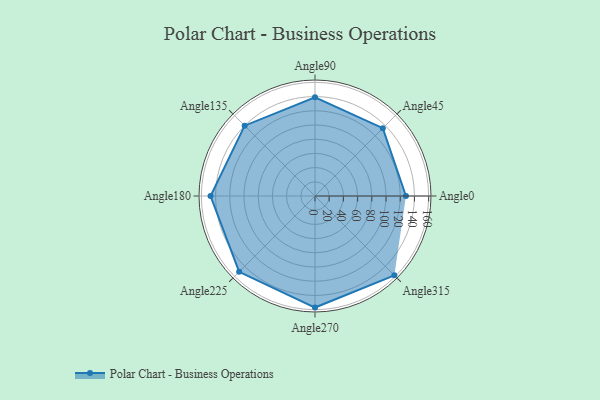
{"axis": {"x": "Angle", "y": "Radius"}, "legend": [""], "data": [{"x": "Angle0", "y": 128.0, "type": ""}, {"x": "Angle45", "y": 135.0, "type": ""}, {"x": "Angle90", "y": 139.0, "type": ""}, {"x": "Angle135", "y": 140.0, "type": ""}, {"x": "Angle180", "y": 147.0, "type": ""}, {"x": "Angle225", "y": 151.0, "type": ""}, {"x": "Angle270", "y": 157.0, "type": ""}, {"x": "Angle315", "y": 158.0, "type": ""}]}